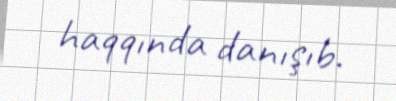
haqqında danışıb.